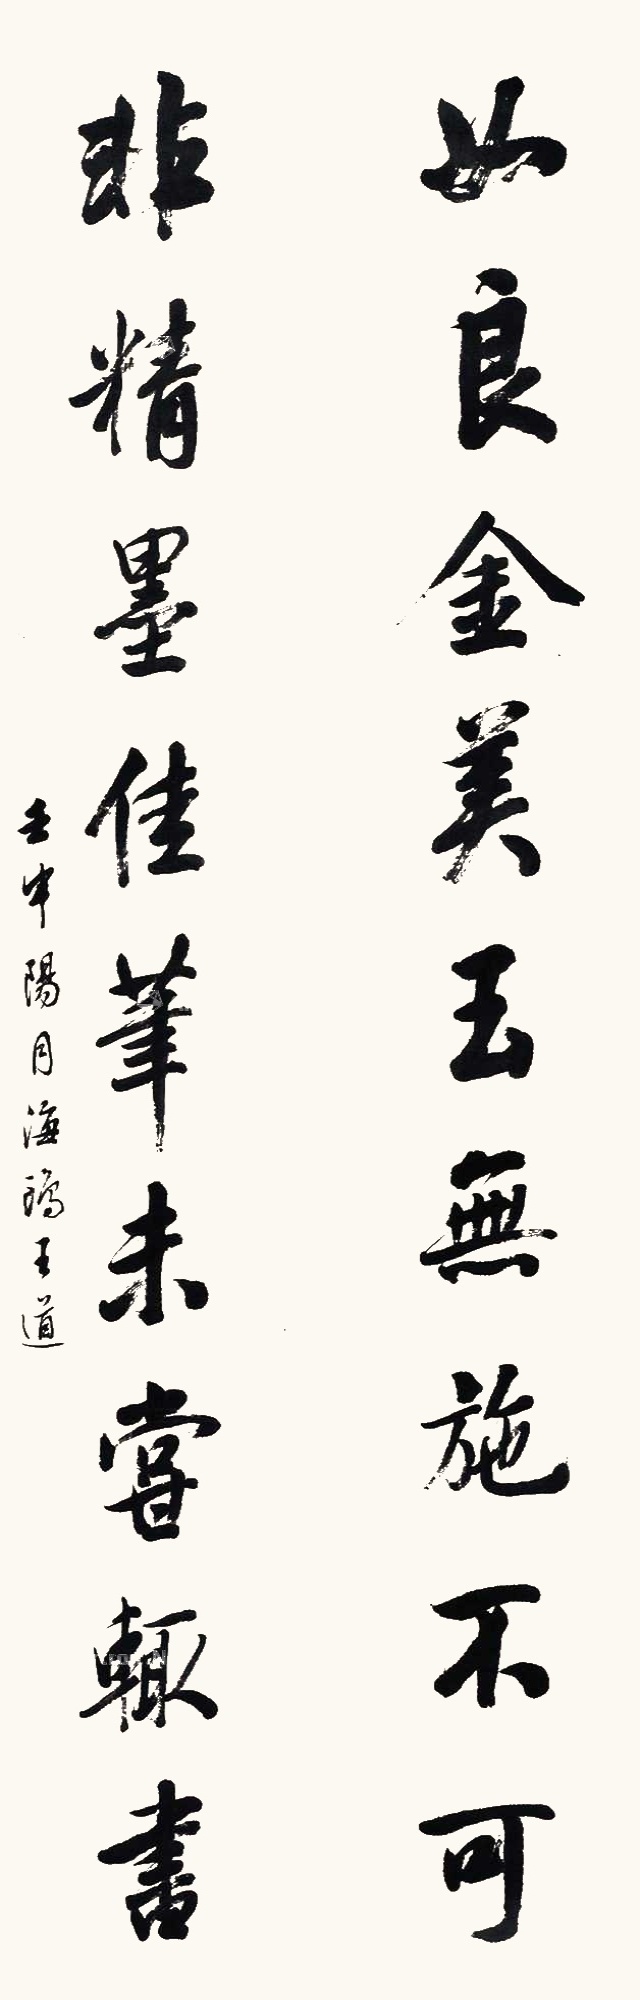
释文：如良金美玉无施不可，非精墨佳笔未尝辄书。壬申阳月，海鸥王道。